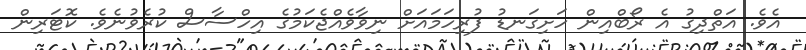
އެވެ. އަތްދިގު އެ ރޯބްއިން ހަށިގަނޑު ފުރިހަމައަށް ނިވާވެއްޖެކަމުގެ އިހްސާސް ކުރެވުނެވެ. ކޮޓަރިން